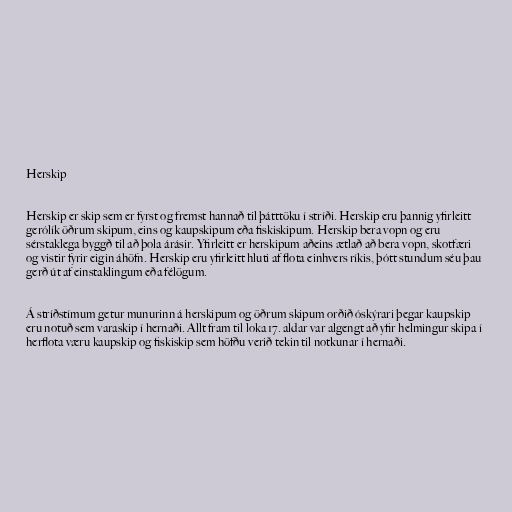
Herskip

Herskip er skip sem er fyrst og fremst hannað til þátttöku í stríði. Herskip eru þannig yfirleitt
gerólík öðrum skipum, eins og kaupskipum eða fiskiskipum. Herskip bera vopn og eru
sérstaklega byggð til að þola árásir. Yfirleitt er herskipum aðeins ætlað að bera vopn, skotfæri
og vistir fyrir eigin áhöfn. Herskip eru yfirleitt hluti af flota einhvers ríkis, þótt stundum séu þau
gerð út af einstaklingum eða félögum.

Á stríðstímum getur munurinn á herskipum og öðrum skipum orðið óskýrari þegar kaupskip
eru notuð sem varaskip í hernaði. Allt fram til loka 17. aldar var algengt að yfir helmingur skipa í
herflota væru kaupskip og fiskiskip sem höfðu verið tekin til notkunar í hernaði.